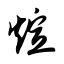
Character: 煊